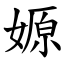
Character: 嫄